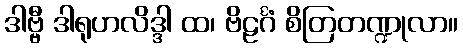
ဒါဗ္ဗီ ဒါရုဟလိဒ္ဒါ ထ၊ ဗိဠင်္ဂံ စိတြတဏ္ဍုလာ။